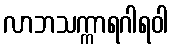
လာဘသက္ကာရဂါရဝါ